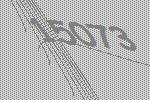
15073